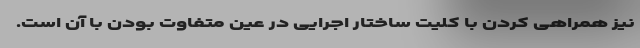
نیز همراهی کردن با کلیت ساختار اجرایی در عین متفاوت بودن با آن است.